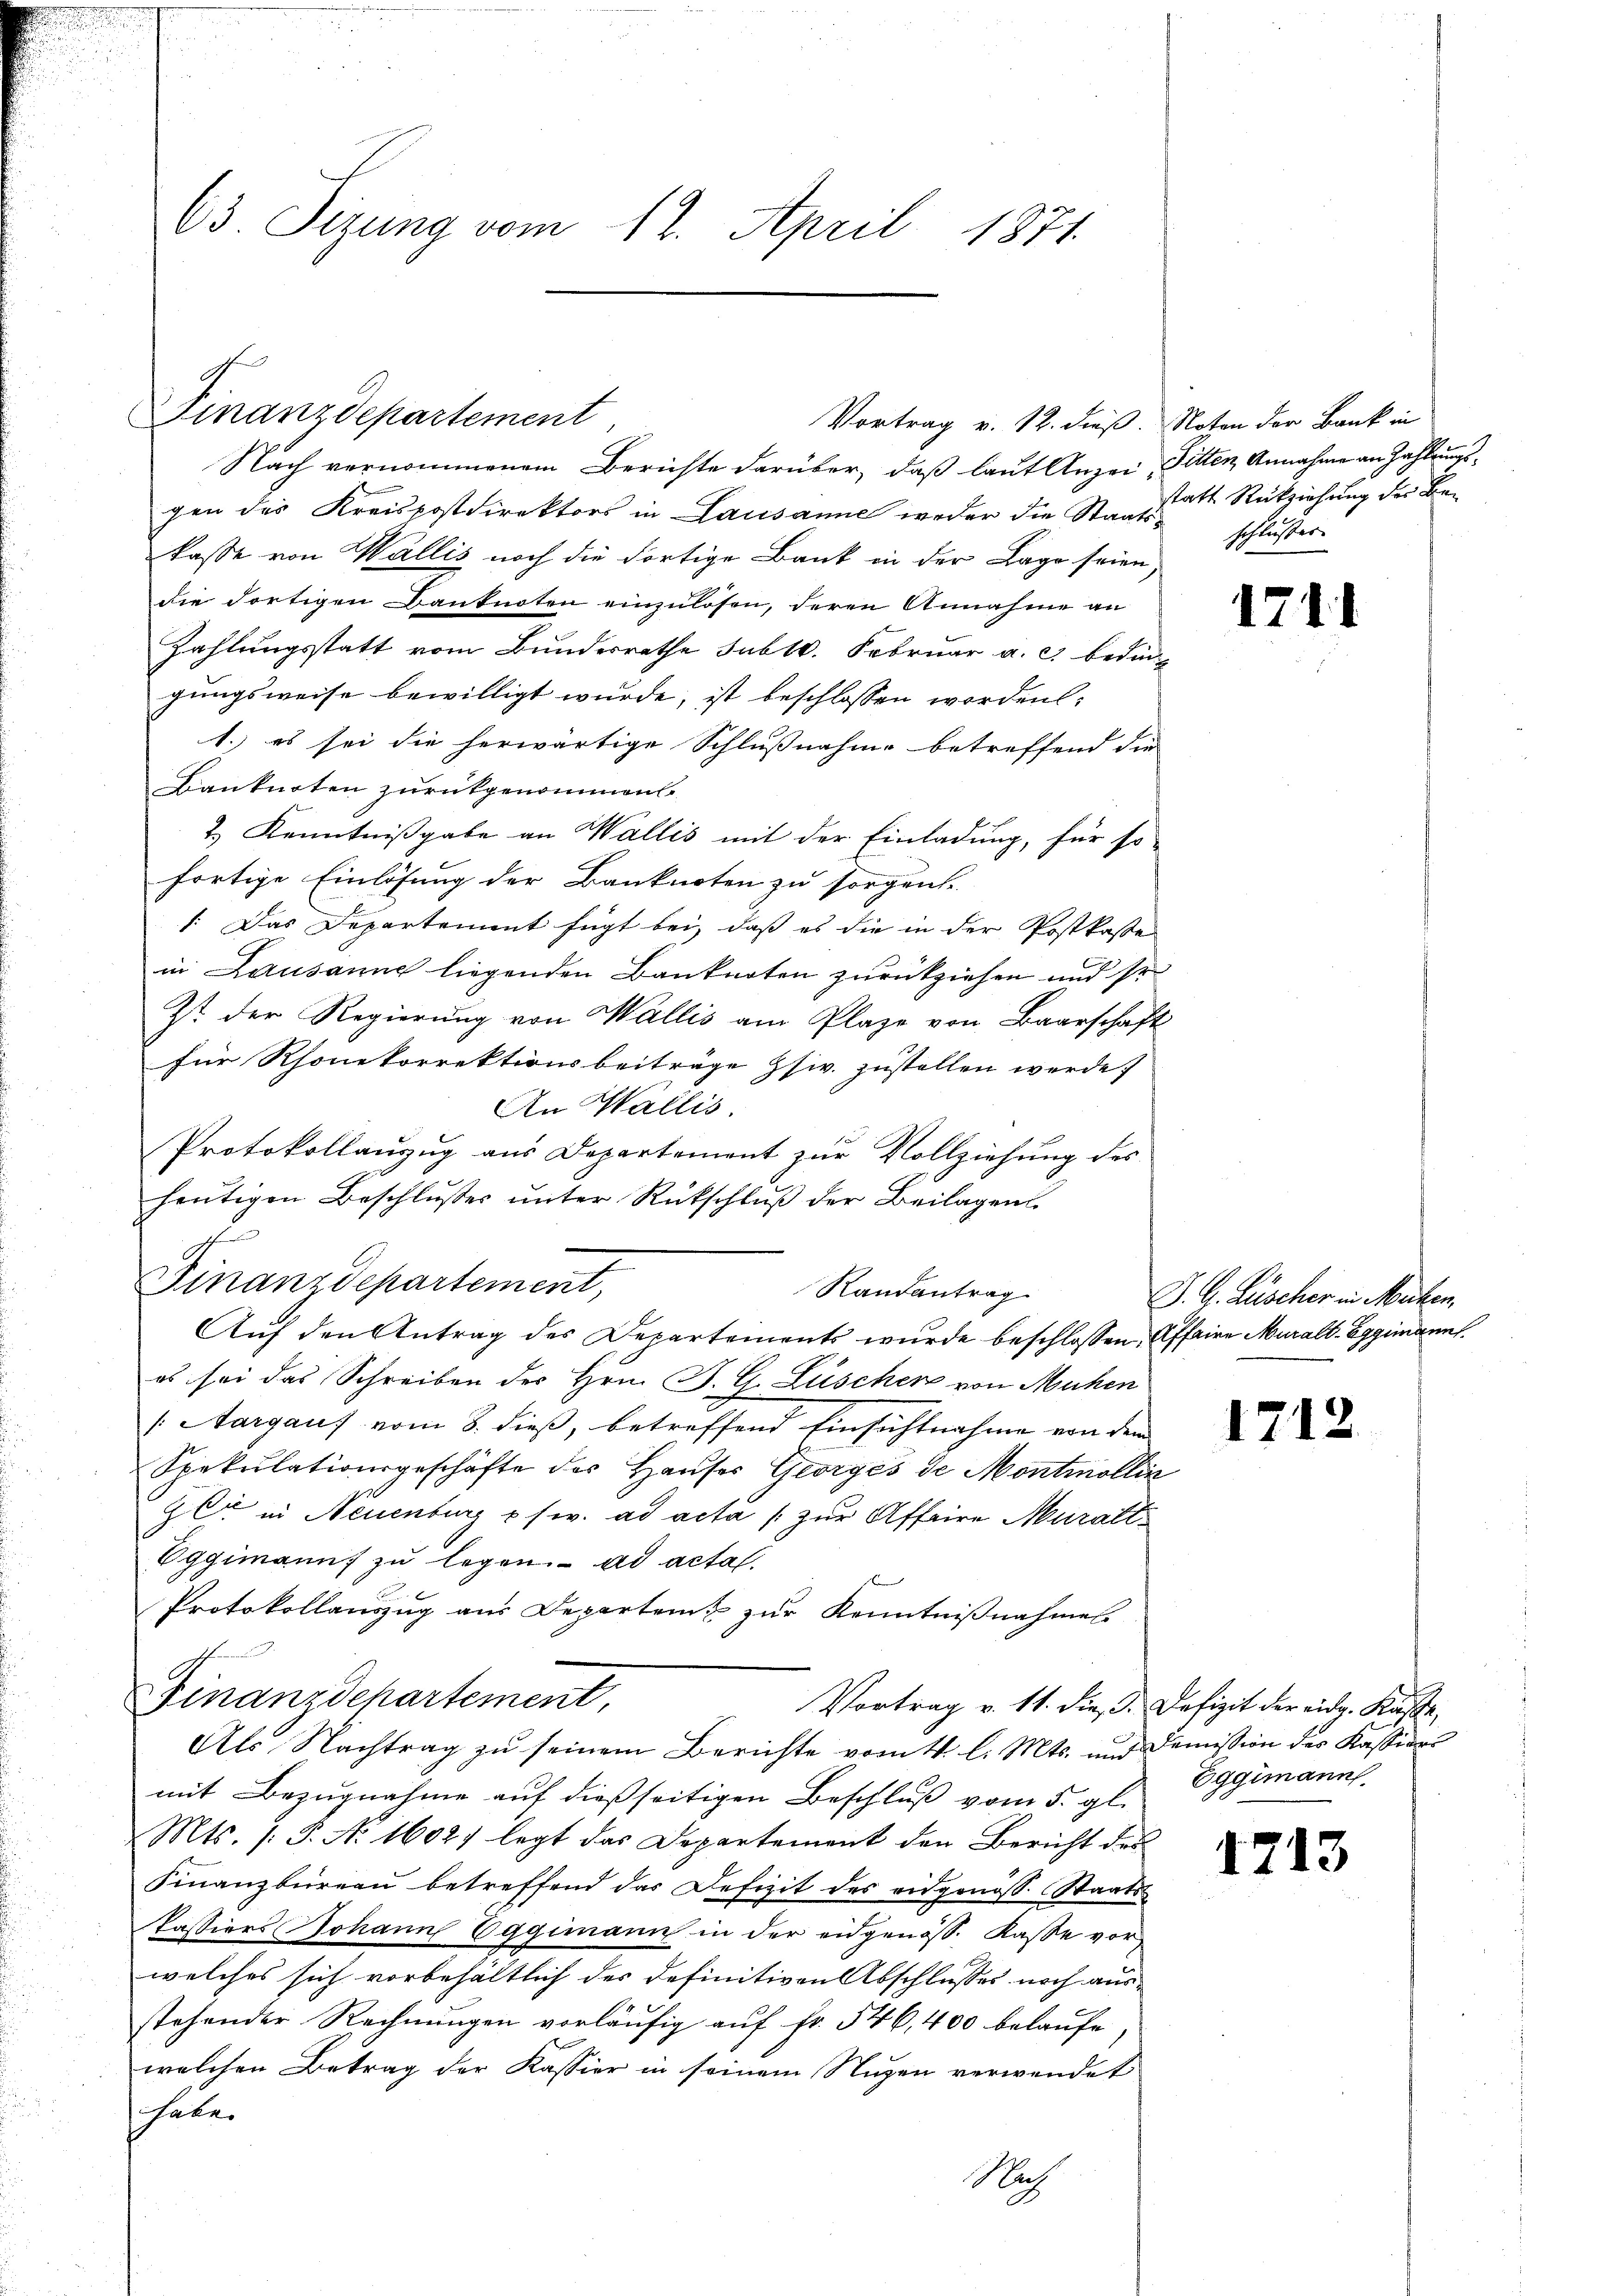
63 Sizung vom 12. April 1871.

Finanzdepartement

c
Finanzdepartement,

Vortrag v. 12. dieß. Noten der Bank in

Nach vernommenem Berichte darüber, daß laut Anzei Pitten, Annahme an Zahlungsgen des Kreispostdirektors in Lausanne weder die Staatsstatt Rückziehung der Bekasse von Wallis noch die dortige Bank in der Lage seien,
die dortigen Banknoten einzulösen, deren Annahme an
Zahlungsstatt vom Bundesrathe subt. Februar a. c. bedin
gungsweise bewilligt wurde, ist beschlossen worden:
1. es sei die herwärtige Schlußnahme betreffend die
Banknoten zurückgenommen.
2.) Kenntnißgabe an Wallis mit der Einladung, für so
fortige Einlösung der Banknoten zu sorgen.
1. Das Departement fügt bei, daß es die in der Postkaste
in Lausanne liegenden Banknoten zurückziehen und so
Ist der Regierung von Wallis am Plaze von Baarschaffür Rhonekorrektionsbeiträge zsiv. zustellen werde;
An Wallis.
Protokollanzug aus Departement zur Vollziehung des
heŭtigen Beschlŭsses ŭnter Rückschlŭβ der Beilagen
Auf den Antrag des Departements wurde beschlossen, Affaire Muralt. Eggimann.
es sei das Schreiben des Hrn. P. G. Lüscher von Mühen
Aargauf vom 8. dieß, betreffend Einsichtnahme von dem
Spekulationsgeschäfte des Haŭses Georges de Montmolle
Gli in Neuenburg usw. ad acta / zur Affaire Muralt¬
Oggimanns zu legen. ad acta.
Protokollauszug aus Departen zur Kenntnißnahmes
Finanzdepartement,
Vortrag v. 11. dieß. Defizit der eidg. Kasse,
Als Nachtrag zu seinem Berichte vom 4. l. Mts. und Demission des Kassions
mit Bezugnahme auf dießseitigen Beschluß vom 5. gl.
Mts. /: P. No 16027 legt das Departement den Bericht der
Finanzbüreaŭ betreffend das Defizit des eidgenöss. Staats-
Kassiers Johann Eggimann in der eidgenöss. Kasse vor
welches sich vorbehaltlich der definitiven Abschlusses noch ausstehender Rechnungen vorläufig auf Fr. 546, 400 belaufe
welchen Betrag der Kassier in seinem Nuzen verwendet
häter

Randantrag

schlusses

.

J. G. Zuscher in Mechen

e

1

17

12

12.

13

Eggimann.